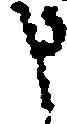
申